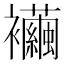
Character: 襺